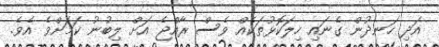
އަދި ހަނދުން ގެނައި ހިލަކޮޅުތަކެއް ވެސް ރާއްޖެ އަށް ލިބުނު ކަމަށްވެ އެވެ.